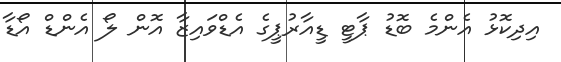
އިދިކޮޅު އެންމެ ބޮޑު ޕާޓީ ޑީއާރުޕީގެ އެޑްވައިޒާ އޮން ލޯ އެންޑް އޯޑާ